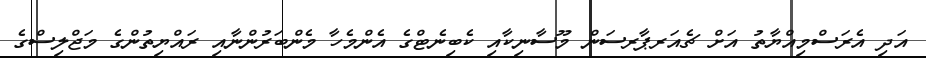
އަދި އެރަސްމިއްޔާތު އަށް ޗެއަރޕާރސަން މޫސާނިކާއި ކެބިނެޓްގެ އެންމެހާ މެންބަރުންނާއި ރައްޔިތުންގެ މަޖްލިސްގެ